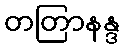
တတြာနန္ဒ